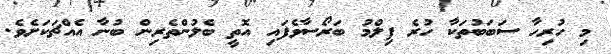
މި ހުރިހާ ސަބަބުތަކާ ހުރެ ފިލްމު ބަރޯސާވެފައި އޮތީ ބެލުންތެރިން ބުނާ އެއްޗަކަށެވެ.